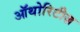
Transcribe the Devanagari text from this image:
ऑथोरिटीज़